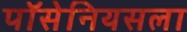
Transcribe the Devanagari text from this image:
पॉसेनियसला